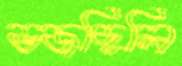
ভজছিলি